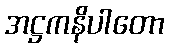
အဋ္ဌကနိပါတော